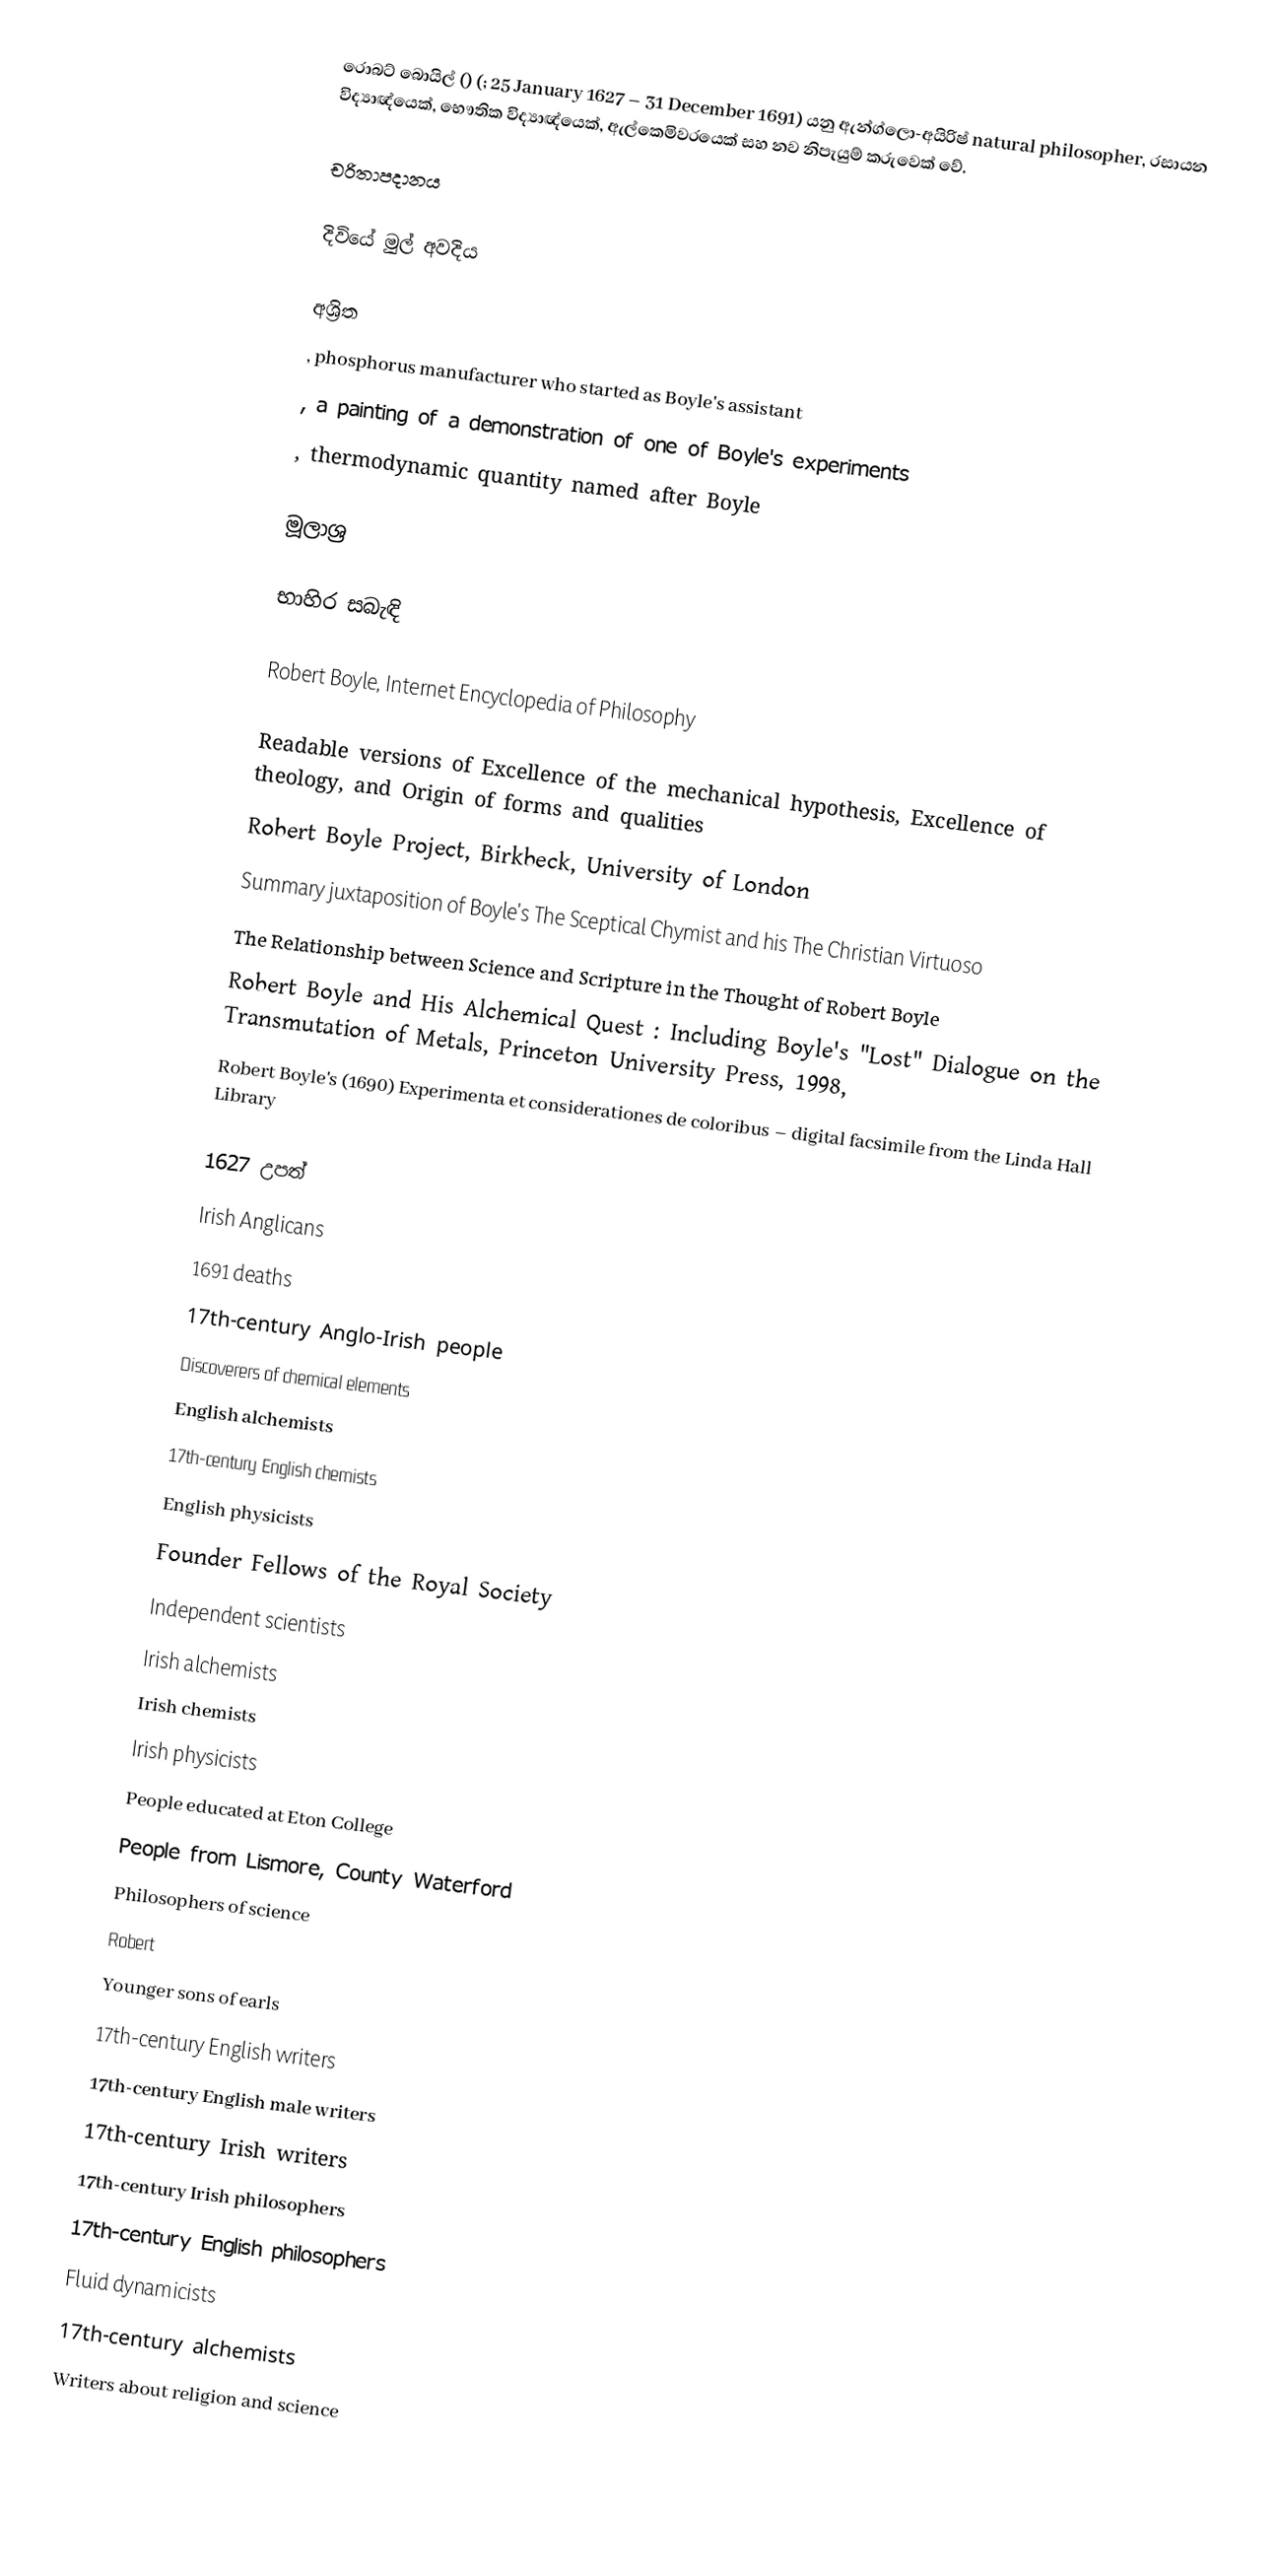
රොබට් බොයිල් ()  (; 25 January 1627 – 31 December 1691) යනු ඇන්ග්ලො-අයිරිෂ් natural philosopher, රසායන විද්‍යාඥ්යෙක්, භෞතික විද්‍යාඥ්යෙක්, ඇල්කෙමිවරයෙක් සහ නව නිපැයුම් කරුවෙක් වේ.

චරිතාපදානය

දිවියේ මුල් අවදිය

අශ්‍රිත
, phosphorus manufacturer who started as Boyle's assistant
, a painting of a demonstration of one of Boyle's experiments
, thermodynamic quantity named after Boyle

මූලාශ්‍ර

භාහිර සබැඳි

 Robert Boyle, Internet Encyclopedia of Philosophy

 Readable versions of Excellence of the mechanical hypothesis, Excellence of theology, and Origin of forms and qualities
 Robert Boyle Project, Birkbeck, University of London
 Summary juxtaposition of Boyle's The Sceptical Chymist and his The Christian Virtuoso
 The Relationship between Science and Scripture in the Thought of Robert Boyle
 Robert Boyle and His Alchemical Quest : Including Boyle's "Lost" Dialogue on the Transmutation of Metals, Princeton University Press, 1998,
 Robert Boyle's (1690) Experimenta et considerationes de coloribus – digital facsimile from the Linda Hall Library

1627 උපත්
Irish Anglicans
1691 deaths
17th-century Anglo-Irish people
Discoverers of chemical elements
English alchemists
17th-century English chemists
English physicists
Founder Fellows of the Royal Society
Independent scientists
Irish alchemists
Irish chemists
Irish physicists
People educated at Eton College
People from Lismore, County Waterford
Philosophers of science
Robert
Younger sons of earls
17th-century English writers
17th-century English male writers
17th-century Irish writers
17th-century Irish philosophers
17th-century English philosophers
Fluid dynamicists
17th-century alchemists
Writers about religion and science